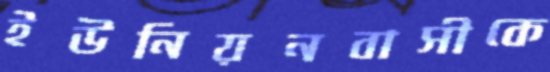
ইউনিয়নবাসীকে